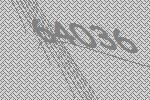
64036